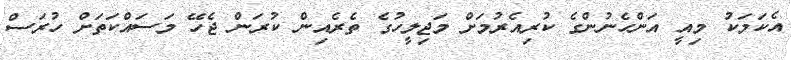
އެކަމަކު މިއީ އަންހެނުންގެ ކުރިއެރުމަށް މަޖިލީހުގެ ތެރެއިން ކުރަން ޖެހޭ މަސައްކަތަށް ހުރަސް